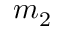
m _ { 2 }